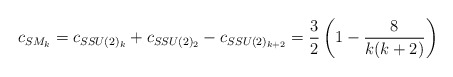
\begin{align*}c_{SM_{k}} = c_{SSU(2)_k}+c_{SSU(2)_2}-c_{SSU(2)_{k+2}} = \frac{3}{2}\left(1 -\frac{8}{k(k+2)}\right)\end{align*}